Indian journal of veterinary science and animal husbandry - Volume 9,
Year: 1939
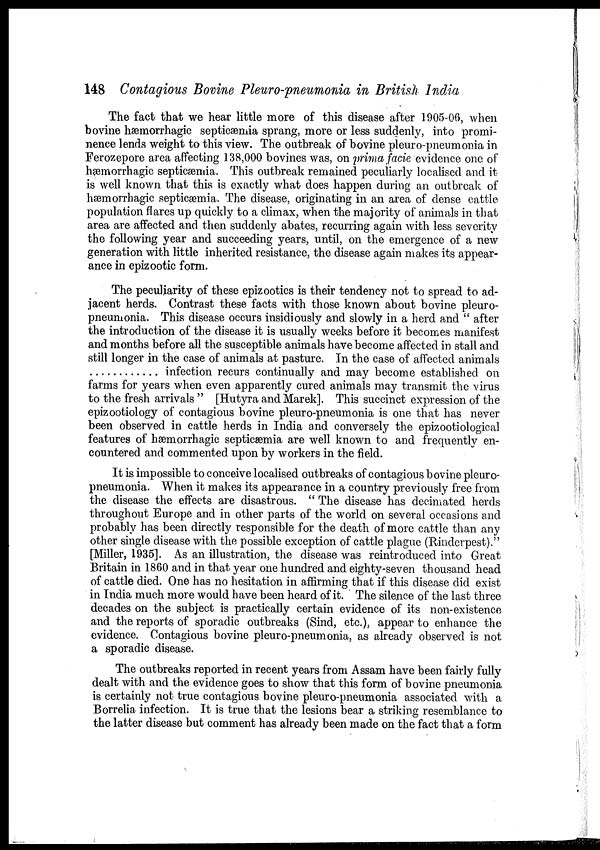
148 Contagious Bovine Pleuro-pneumonia in British India
The fact that we hear little more of this disease after 1905-06, when
bovine hæmorrhagic septicæmia sprang, more or less suddenly, into promi-
nence lends weight to this view. The outbreak of bovine pleuro-pneumonia in
Ferozepore area affecting 138,000 bovines was, on prima facie evidence one of
hæmorrhagic septicæmia. This outbreak remained peculiarly localised and it
is well known that this is exactly what does happen during an outbreak of
hæmorrhagic septicæmia. The disease, originating in an area of dense cattle
population flares up quickly to a climax, when the majority of animals in that
area are affected and then suddenly abates, recurring again with less severity
the following year and succeeding years, until, on the emergence of a new
generation with little inherited resistance, the disease again makes its appear-
ance in epizootic form.
The peculiarity of these epizootics is their tendency not to spread to ad-
jacent herds. Contrast these facts with those known about bovine pleuro-
pneumonia. This disease occurs insidiously and slowly in a herd and " after
the introduction of the disease it is usually weeks before it becomes manifest
and months before all the susceptible animals have become affected in stall and
still longer in the case of animals at pasture. In the case of affected animals
infection recurs continually and may become established on
farms for years when even apparently cured animals may transmit the virus
to the fresh arrivals " [Hutyra andMarek]. This succinct expression of the
epizootiology of contagious bovine pleuro-pneumonia is one that has never
been observed in cattle herds in India and conversely the epizootiological
features of hæmorrhagic septicæmia are well known to and frequently en-
countered and commented upon by workers in the field.
It is impossible to conceive localised outbreaks of contagious bovine pleuro-
pneumonia. When it makes its appearance in a country previously free from
the disease the effects are disastrous. " The disease has decimated herds
throughout Europe and in other parts of the world on several occasions and
probably has been directly responsible for the death of more cattle than any
other single disease with the possible exception of cattle plague (Rinderpest)."
[Miller, 1935]. As an illustration, the disease was reintroduced into Great
Britain in 1860 and in that year one hundred and eighty-seven thousand head
of cattle died. One has no hesitation in affirming that if this disease did exist
in India much more would have been heard of it. The silence of the last three
decades on the subject is practically certain evidence of its non-existence
and the reports of sporadic outbreaks (Sind, etc.), appear to enhance the
evidence. Contagious bovine pleuro-pneumonia, as already observed is not
a sporadic disease.
The outbreaks reported in recent years from Assam have been fairly fully
dealt with and the evidence goes to show that this form of bovine pneumonia
is certainly not true contagious bovine pleuro-pneumonia associated with a
Borrelia infection. It is true that the lesions bear a striking resemblance to
the latter disease but comment has already been made on the fact that a form